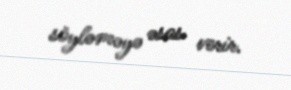
söyləməyə əsas verir.